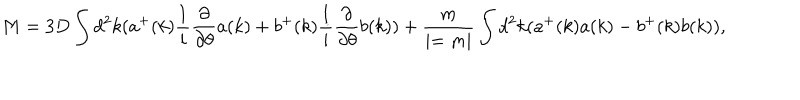
M = 3 D \int d ^ { 2 } k ( a ^ { + } ( k ) { \frac { 1 } { i } } { \frac { \partial } { \partial \theta } } a ( k ) + b ^ { + } ( k ) { \frac { 1 } { i } } { \frac { \partial } { \partial \theta } } b ( k ) ) + { \frac { m } { \mid = m \mid } } \int d ^ { 2 } k ( a ^ { + } ( k ) a ( k ) - b ^ { + } ( k ) b ( k ) ) ,